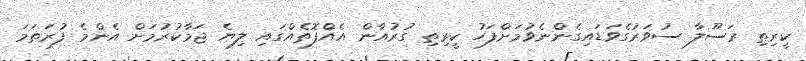
ކީރިތި ރަސޫލާ ސުވަރުގެވަޑައިގެންނެވުމަށްފަހު ކީރިތި ގުރުއާން އެއްފޮތެއްގައި ލިޔެ ޖަމާކުރުމަށް އެންމެ ފުރަތަމަ